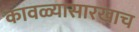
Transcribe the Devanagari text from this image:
कावळ्यासारखाच